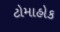
ટોમાહોક